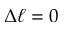
\Delta \ell = 0